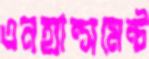
এনহ্যান্সমেন্ট